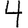
Digit: 4